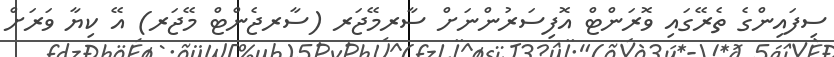
ސިފައިންގެ ތެރޭގައި ވޮރަންޓް އޮފިސަރުންނަށް ސާރމޭޖަރ (ސާރޖެންޓް މޭޖަރ) އޭ ކިޔާ ވަރަށް